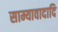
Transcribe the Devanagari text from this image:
साम्यावादादि